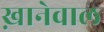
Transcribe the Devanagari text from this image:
ख़ानेवाल